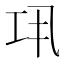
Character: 𢀜